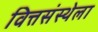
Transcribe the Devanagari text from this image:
वित्तसंस्थेला